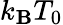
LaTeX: k_{\mathbf{B}}T_{0}